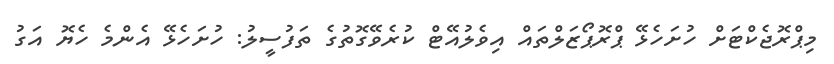
މިޕްރޮޖެކްޓަށް ހުށަހެޅޭ ޕްރޮޕޯޒަލްތައް އިވެލުއޭޓް ކުރެވޭގޮތުގެ ތަފުސީލު: ހުށަހެޅޭ އެންމެ ހެޔޮ އަގު